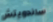
ساندويتش